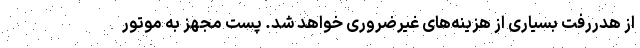
از هدررفت بسیاری از هزینه‌های غیرضروری خواهد شد. پست مجهز به موتور